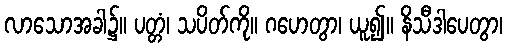
လာသောအခါ၌။ ပတ္တံ၊ သပိတ်ကို။ ဂဟေတွာ၊ ယူ၍။ နိသီဒါပေတွာ၊